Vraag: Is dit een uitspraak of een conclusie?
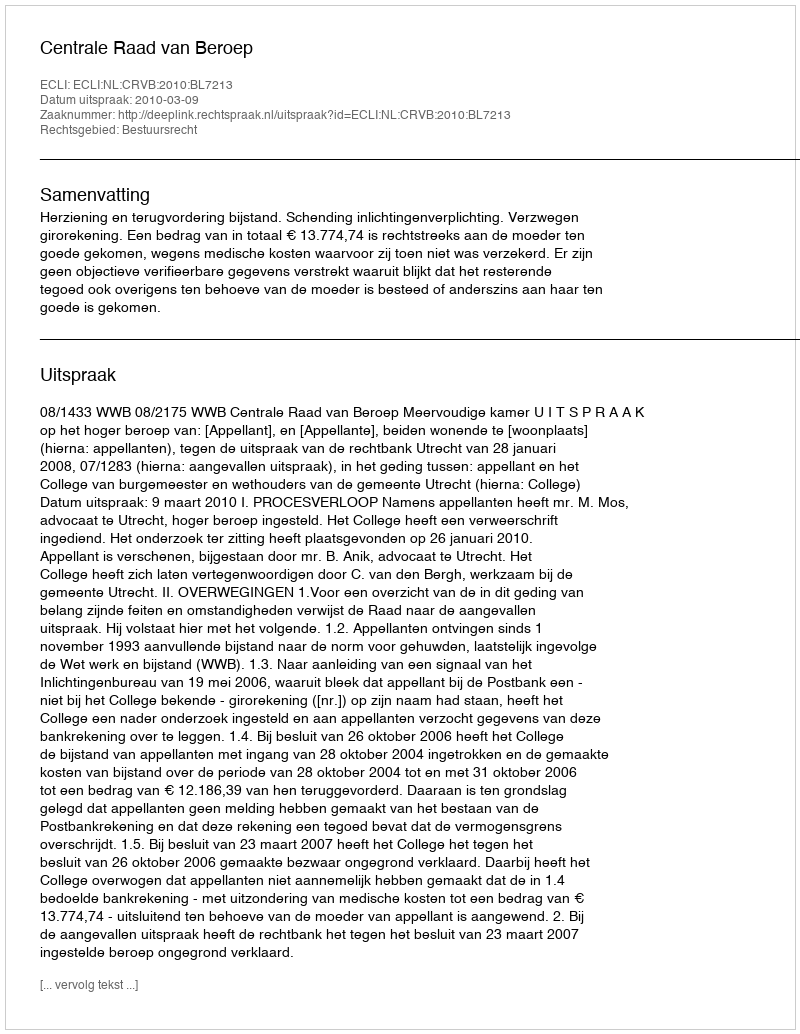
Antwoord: Uitspraak